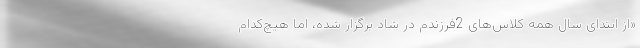
«از ابتدای سال همه کلاس‌های 2فرزندم در شاد برگزار شده، اما هیچ‌کدام